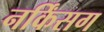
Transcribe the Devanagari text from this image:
नर्किंसग